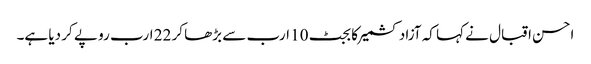
احسن اقبال نے کہا کہ آزاد کشمیر کا بجٹ 10 ارب سے بڑھا کر 22 ارب رو پے کر دیا ہے۔